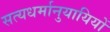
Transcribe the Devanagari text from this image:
सत्यधर्मानुयायियों